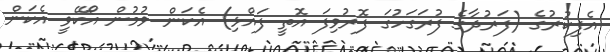
އެފިކުރުގެ (ފަރުދާގެ ފުރަގަހުގަ ފޮރުވިފަ އޮތީ ފައްޅި) އެކަން ވުމުން އޯކޭވީ އެކަން